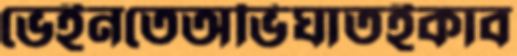
ভেইনতেঅভিঘাতইকাব